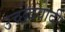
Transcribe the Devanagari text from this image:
उच्छेदवादी